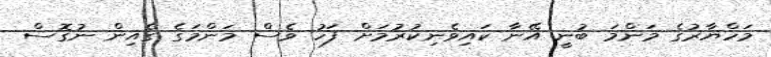
މަހްޔާރުގެ މަންމަ ބުނީ އޭނާ ކައިވެނިކުރުމަށް ފަހު ވެސް މަންމަގެ ގެއިން ނުގޮސް